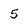
Character: 5